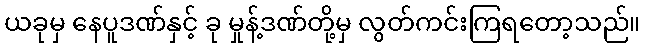
ယခုမှ နေပူဒဏ်နှင့် ခု မှုန့်ဒဏ်တို့မှ လွတ်ကင်းကြရတော့သည်။